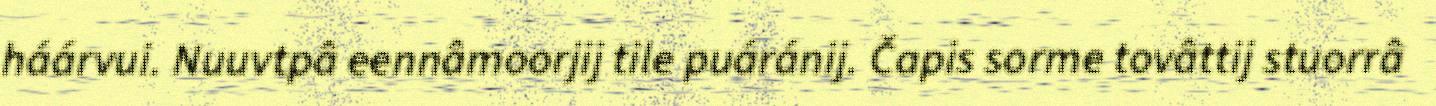
háárvui. Nuuvtpâ eennâmoorjij tile puáránij. Čapis sorme tovâttij stuorrâ